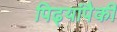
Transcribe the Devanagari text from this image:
पिढ्यांपैकी